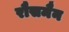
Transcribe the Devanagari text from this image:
रौसमैन